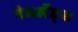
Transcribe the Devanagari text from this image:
नेधर्लेंड्स